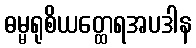
ဓမ္မရုစိယတ္ထေရအပဒါန